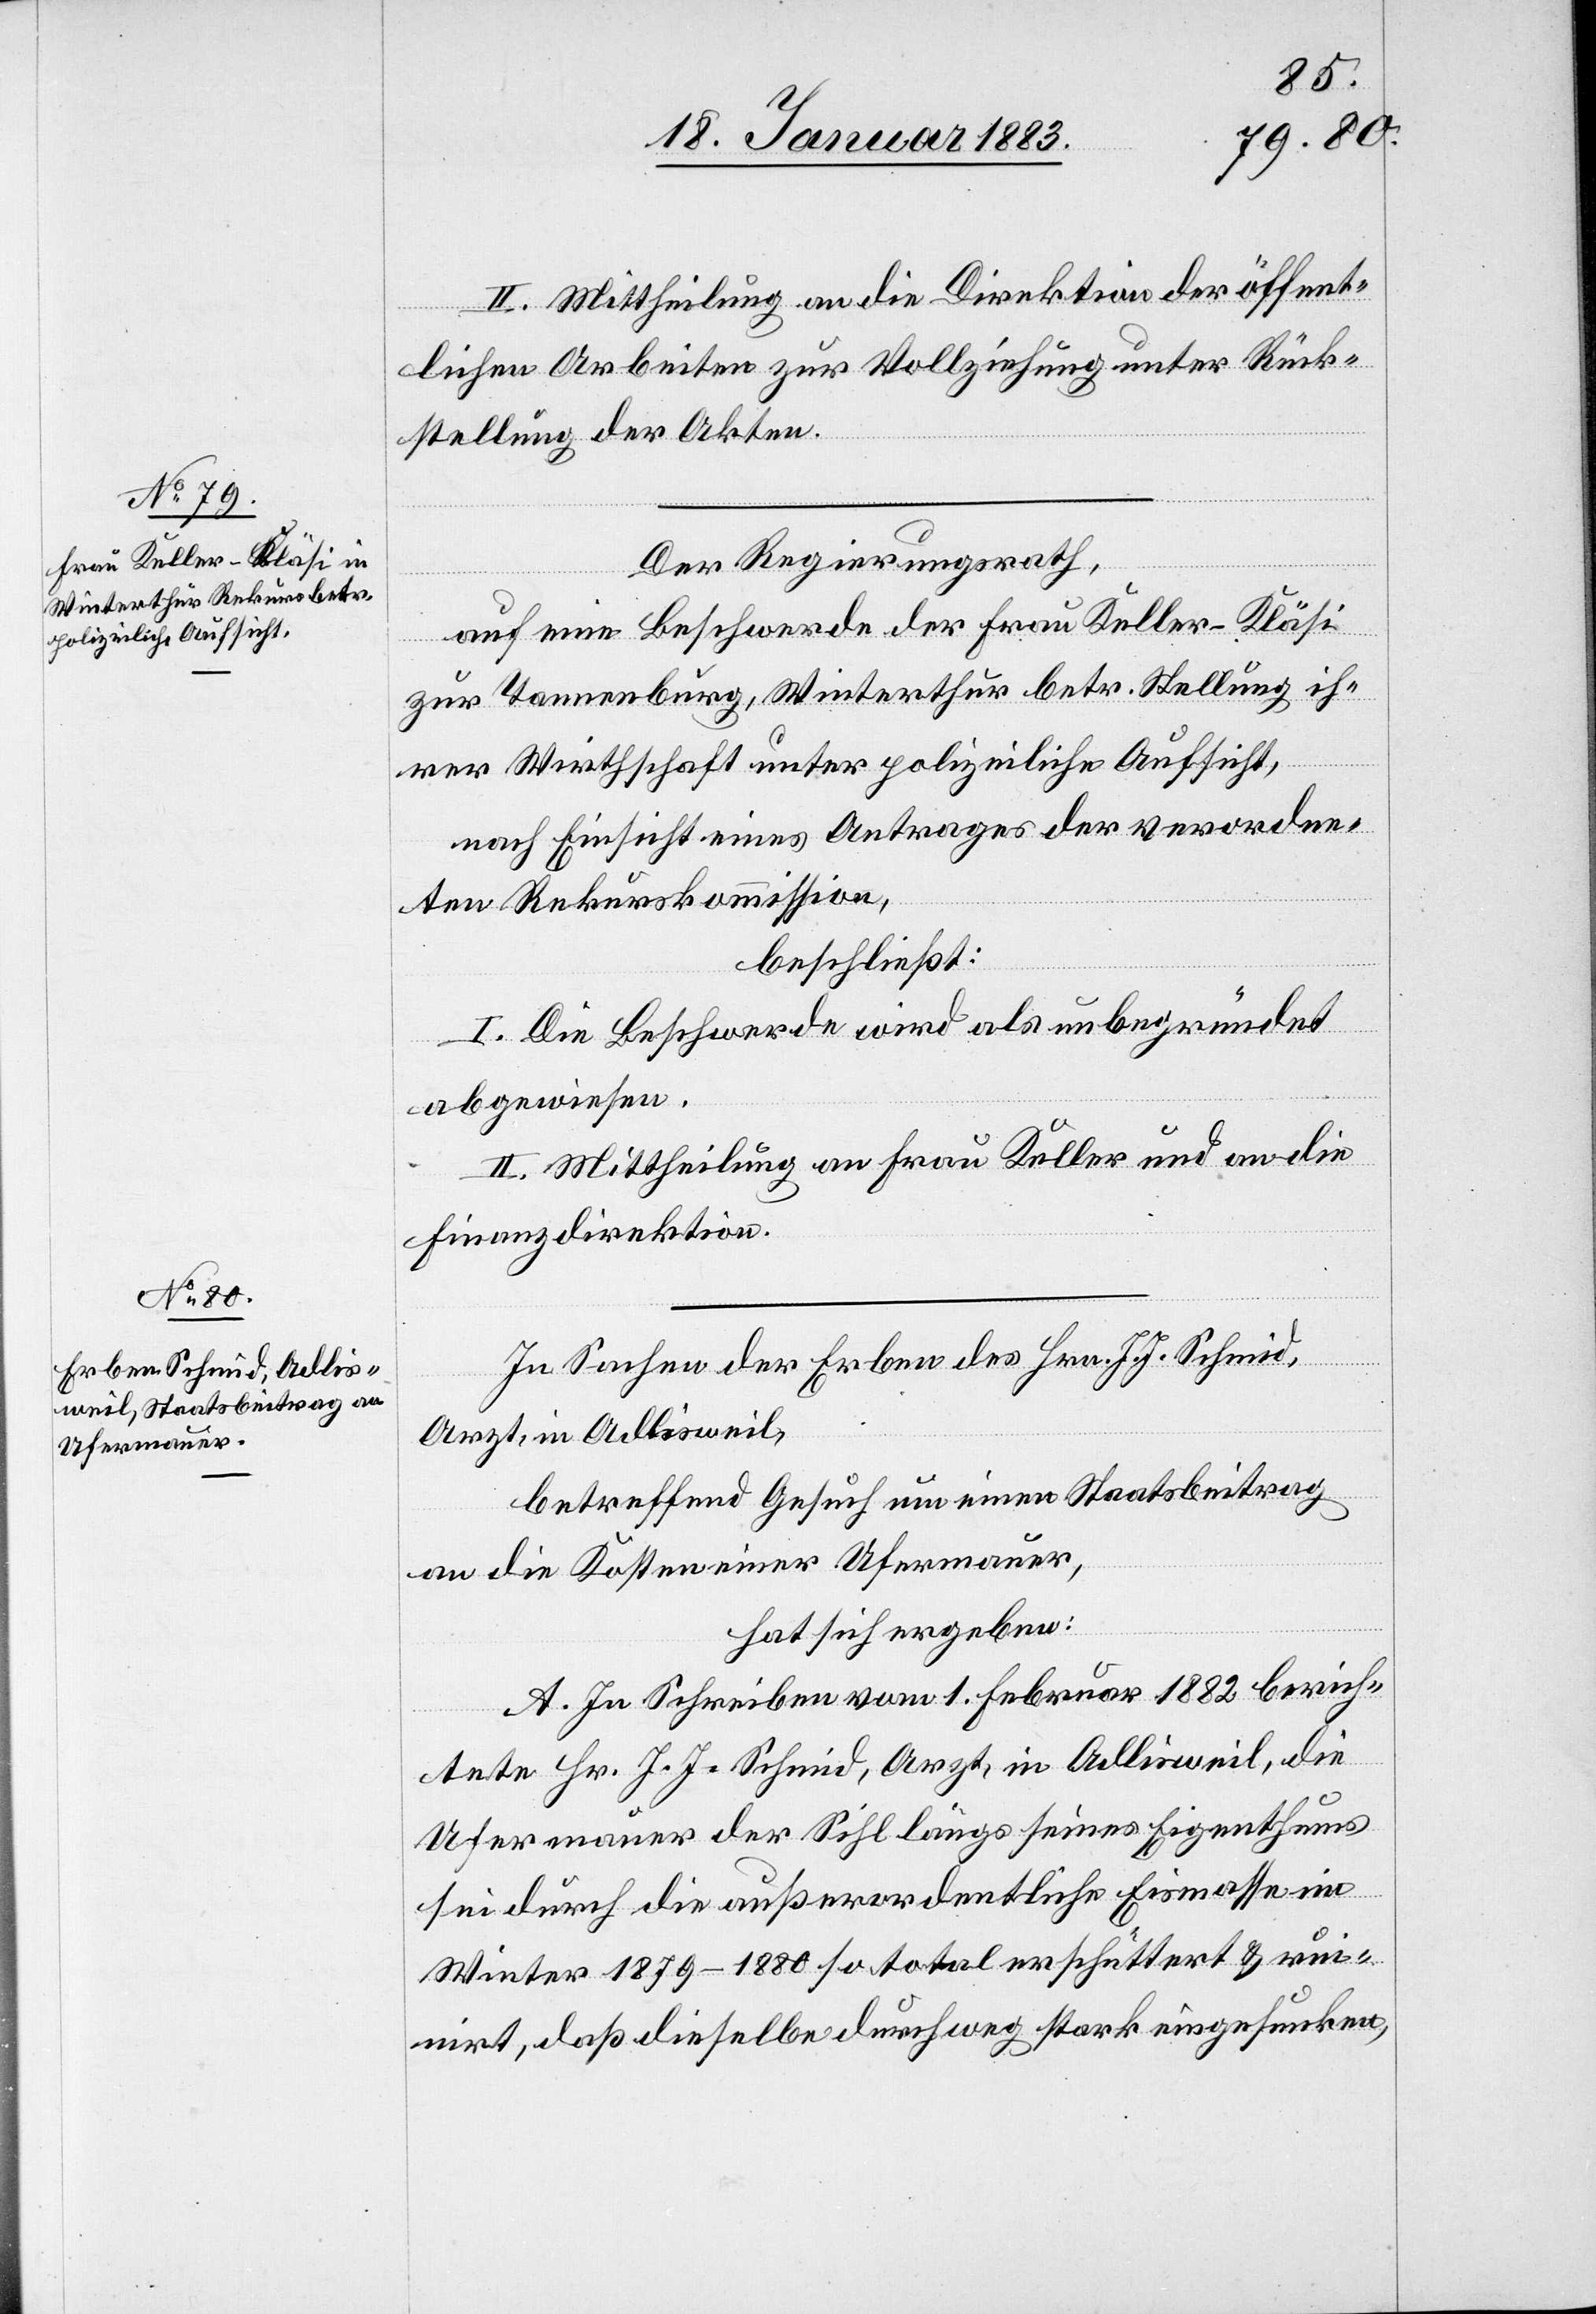
II. Mittheilung an die Direktion der öffent¬
lichen Arbeiten zur Vollziehung unter Rück¬
stellung der Akten.
Der Regierungsrath,
auf eine Beschwerde der Frau Keller-Kläsi
zur Tannenburg, Winterthur betr. Stellung ih¬
rer Wirthschaft unter polizeiliche Aufsicht,
nach Einsicht eines Antrages der verordne¬
ten Rekurskommission,
beschließt:
I. Die Beschwerde wird als unbegründet
abgewiesen.
II. Mittheilung an Frau Keller und an die
Finanzdirektion.
In Sachen der Erben des Hrn. J. J. Schmid,
Arzt, in Adlisweil,
betreffend Gesuch um einen Staatsbeitrag
an die Kosten einer Ufermauer,
hat sich ergeben:
A. In Schreiben vom 1. Februar 1882 berich¬
tete Hr. J. J. Schmid, Arzt, in Adlisweil, die
Ufermauer der Sihl längs seines Eigenthums
sei durch die außerordentliche Eismasse im
Winter 1879–1880 so total erschüttert & ruin¬
irt, daß dieselbe durchweg stark eingesunken,